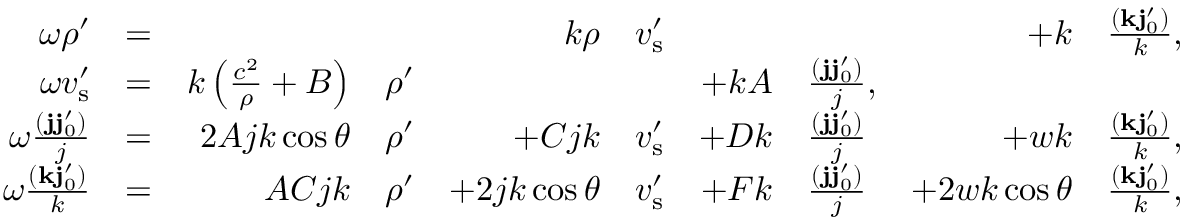
\begin{array} { r l r l r l r l r l } { \omega \ensuremath { \rho ^ { \prime } } } & { = } & & { } & { k \rho } & { \ensuremath { v _ { \mathrm { s } } ^ { \prime } } } & & { } & { + k } & { \frac { ( \ensuremath { \mathbf { k } } \ensuremath { \mathbf { j } _ { 0 } ^ { \prime } } ) } { k } , } \\ { \omega \ensuremath { v _ { \mathrm { s } } ^ { \prime } } } & { = } & { k \left( \frac { c ^ { 2 } } { \rho } + B \right) } & { \ensuremath { \rho ^ { \prime } } } & & { } & { + k A } & { \frac { ( \ensuremath { \mathbf { j } } \ensuremath { \mathbf { j } _ { 0 } ^ { \prime } } ) } { j } , } & & { } \\ { \omega \frac { ( \ensuremath { \mathbf { j } } \ensuremath { \mathbf { j } _ { 0 } ^ { \prime } } ) } { j } } & { = } & { 2 A j k \cos \theta } & { \ensuremath { \rho ^ { \prime } } } & { + C j k } & { \ensuremath { v _ { \mathrm { s } } ^ { \prime } } } & { + D k } & { \frac { ( \ensuremath { \mathbf { j } } \ensuremath { \mathbf { j } _ { 0 } ^ { \prime } } ) } { j } } & { + w k } & { \frac { ( \ensuremath { \mathbf { k } } \ensuremath { \mathbf { j } _ { 0 } ^ { \prime } } ) } { k } , } \\ { \omega \frac { ( \ensuremath { \mathbf { k } } \ensuremath { \mathbf { j } _ { 0 } ^ { \prime } } ) } { k } } & { = } & { A C j k } & { \ensuremath { \rho ^ { \prime } } } & { + 2 j k \cos \theta } & { \ensuremath { v _ { \mathrm { s } } ^ { \prime } } } & { + F k } & { \frac { ( \ensuremath { \mathbf { j } } \ensuremath { \mathbf { j } _ { 0 } ^ { \prime } } ) } { j } } & { + 2 w k \cos \theta } & { \frac { ( \ensuremath { \mathbf { k } } \ensuremath { \mathbf { j } _ { 0 } ^ { \prime } } ) } { k } , } \end{array}